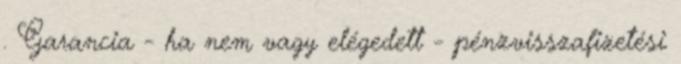
. Garancia - ha nem vagy elégedett - pénzvisszafizetési